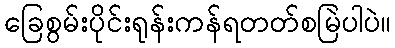
ခြေစွမ်းပိုင်းရုန်းကန်ရတတ်စမြဲပါပဲ။